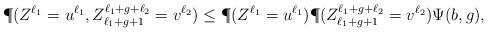
LaTeX: \begin{align*}\P(Z^{\ell_1}=u^{\ell_1},Z_{\ell_1+g+1}^{\ell_1+g+\ell_2}=v^{\ell_2})\leq \P(Z^{\ell_1}=u^{\ell_1})\P(Z_{\ell_1+g+1}^{\ell_1+g+\ell_2}=v^{\ell_2})\Psi(b,g),\end{align*}